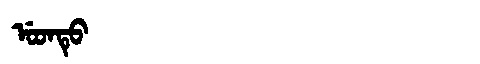
Manchu: ᡠᡨᡨᡠ
Romanization: UTTU